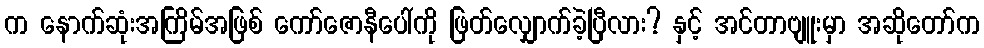
က နောက်ဆုံးအကြိမ်အဖြစ် ကော်ဇောနီပေါ်ကို ဖြတ်လျှောက်ခဲ့ပြီလား? နှင့် အင်တာဗျူးမှာ အဆိုတော်က